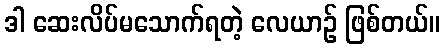
ဒါ ဆေးလိပ်မသောက်ရတဲ့ လေယာဉ် ဖြစ်တယ်။